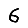
Digit: 6